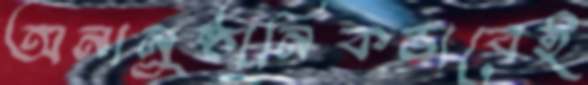
অনানুষ্ঠানিকভাবেই